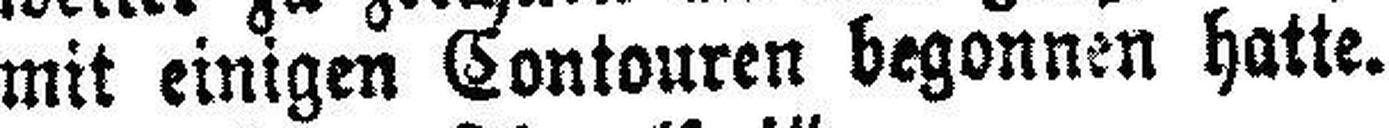
mit einigen Contouren begonnen hatte.